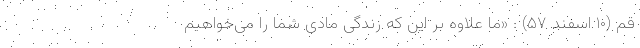
قم (۱۰ اسفند ۵۷) : «ما علاوه بر این که زندگی مادی شما را می‌خواهیم